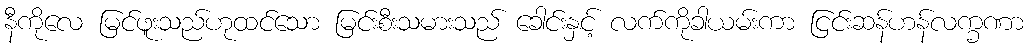
နီကိုလေ မြင်ဖူးသည်ဟုထင်သော မြင်းစီးသမားသည် ခေါင်းနှင့် လက်ကိုခါယမ်းကာ ငြင်းဆန်ဟန်လက္ခဏာ